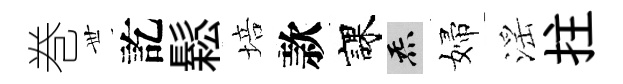
巻𠀍訖鬆培款課炁婦滛拄